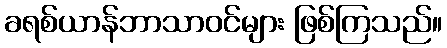
ခရစ်ယာန်ဘာသာဝင်များ ဖြစ်ကြသည်။